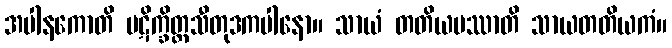
အပါနကောတိ ပဋိက္ခိတ္တသီတုဒကပါနော။ သာယံ တတိယမဿာတိ သာယတတိယကံ။